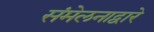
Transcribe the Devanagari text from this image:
संमेलनाद्वारे